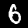
Digit: 6